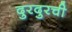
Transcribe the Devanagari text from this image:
दुरदुरची